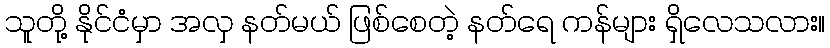
သူတို့ နိုင်ငံမှာ အလှ နတ်မယ် ဖြစ်စေတဲ့ နတ်ရေ ကန်များ ရှိလေသလား။